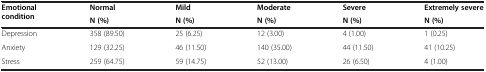
<table><thead><tr><td><b>Emotional condition</b></td><td><b>Normal</b></td><td><b>Mild</b></td><td><b>Moderate</b></td><td><b>Severe</b></td><td><b>Extremely severe</b></td></tr><tr><td><b> </b></td><td><b>N (%)</b></td><td><b>N (%)</b></td><td><b>N (%)</b></td><td><b>N (%)</b></td><td><b>N (%)</b></td></tr></thead><tbody><tr><td>Depression</td><td>358 (89.50)</td><td>25 (6.25)</td><td>12 (3.00)</td><td>4 (1.00)</td><td>1 (0.25)</td></tr><tr><td>Anxiety</td><td>129 (32.25)</td><td>46 (11.50)</td><td>140 (35.00)</td><td>44 (11.50)</td><td>41 (10.25)</td></tr><tr><td>Stress</td><td>259 (64.75)</td><td>59 (14.75)</td><td>52 (13.00)</td><td>26 (6.50)</td><td>4 (1.00)</td></tr></tbody></table>